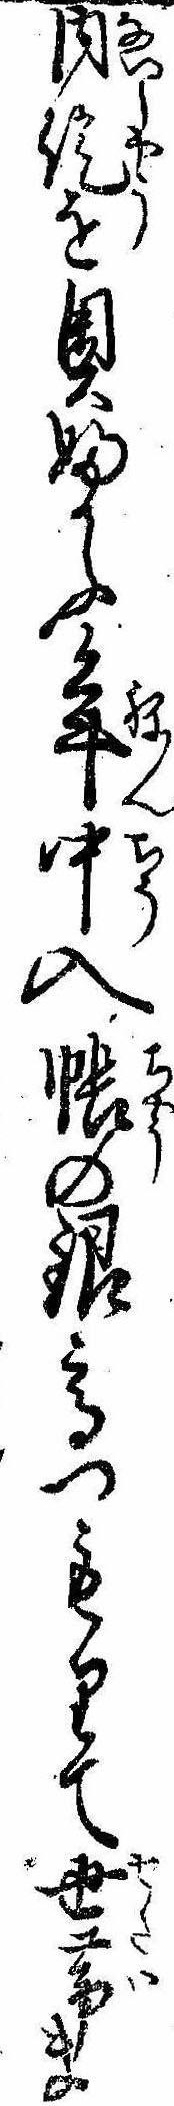
内証を奥ふかふ年中入帳の銀高つもりて世帯ま